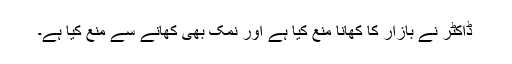
ڈاکٹر نے بازار کا کھانا منع کیا ہے اور نمک بھی کھانے سے منع کیا ہے۔